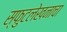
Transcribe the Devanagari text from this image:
स्फुटलेखनाचा